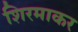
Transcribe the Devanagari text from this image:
शिरमाकर